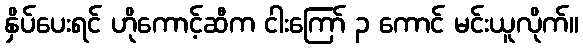
နှိပ်ပေးရင် ဟိုကောင့်ဆီက ငါးကြော် ၃ ကောင် မင်းယူလိုက်။